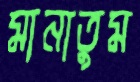
মানাতুম